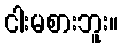
ငါးမစားဘူး။